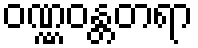
ဝဏ္ဏဝန္တတရာ